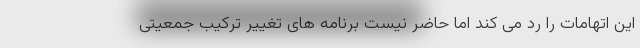
این اتهامات را رد می کند اما حاضر نیست برنامه های تغییر ترکیب جمعیتی